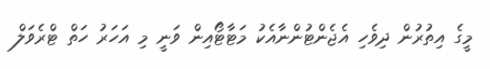
މީގެ އިތުރުން ދިވެހި އެޖެންޓުންނާއެކު މަޓާޓޯއިން ވަނީ މި އަހަރު ހަތް ޓްރެވަލް